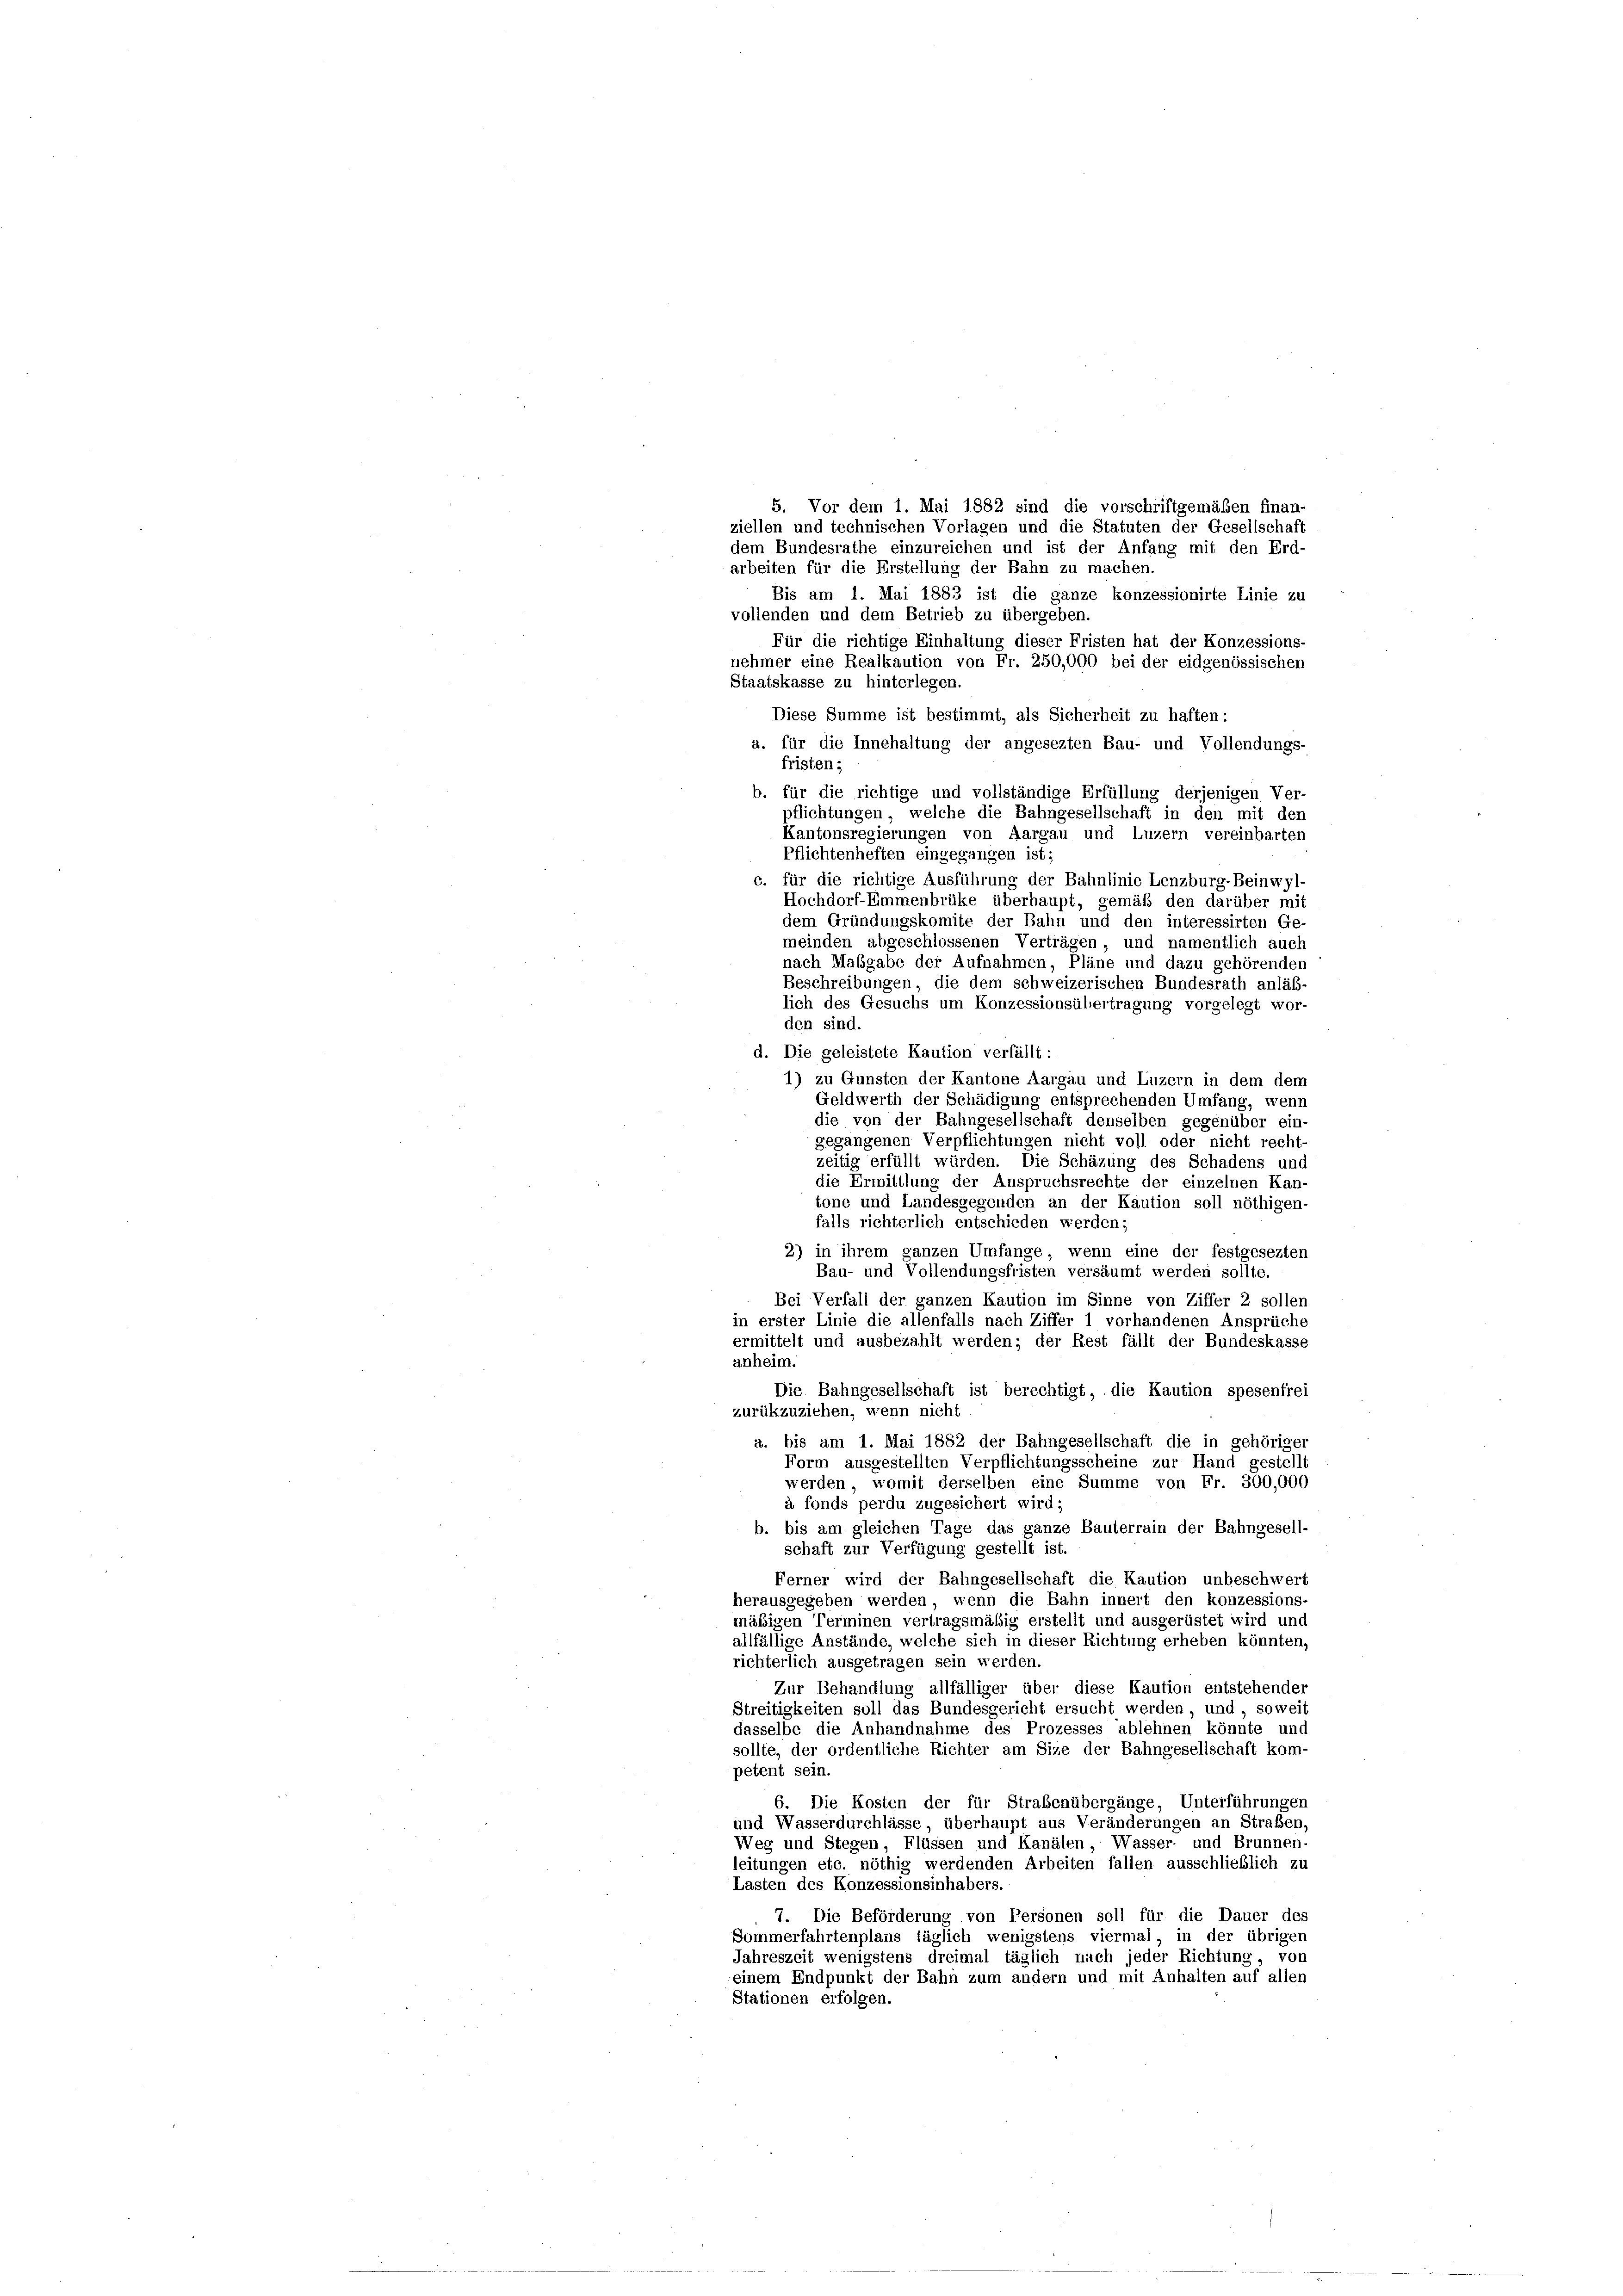
5. Vor dem 1. Mai 1882 sind die vorschriftgemäßen finan-
ziellen und technischen Vorlagen und die Statuten der Gesellschaft
dem Bundesrathe einzureichen und ist der Anfang mit den Erd-
arbeiten für die Erstellung der Bahn zu machen.
Bis am 1. Mai 1883 ist die ganze konzessionirte Linie zu
vollenden und dem Betrieb zu übergeben.
Für die richtige Einhaltung dieser Fristen hat der Konzessions-
nehmer eine Realkaution von Fr. 250,000 bei der eidgenössischen
Staatskasse zu hinterlegen.
Diese Summe ist bestimmt, als Sicherheit zu haften:
a. für die Innehaltung der angesezten Bau- und Vollendungs-
fristen;
b. für die richtige und vollständige Erfüllung derjenigen Ver-
pflichtungen, welche die Bahngesellschaft in den mit den
Kantonsregierungen von Aargau und Luzern vereinbarten
Pflichtenheften eingegangen ist;
c. für die richtige Ausführung der Bahnlinie Lenzburg-Beinwyl-
Hochdorf-Emmenbrüke überhaupt, gemäß den darüber mit
dem Gründungskomite der Bahn und den interessirten Ge-
meinden abgeschlossenen Verträgen, und namentlich auch
nach Maßgabe der Aufnahmen, Pläne und dazu gehörenden
Beschreibungen, die dem schweizerischen Bundesrath anläß-
lich des Gesuchs um Konzessionsübertragung vorgelegt wor-
den sind.
d. Die geleistete Kaution verfällt :
1) zu Gunsten der Kantone Aargau und Luzern in dem dem
Geldwerth der Schädigung entsprechenden Umfang, wenn
die von der Bahngesellschaft denselben gegenüber ein-
gegangenen Verpflichtungen nicht voll oder nicht recht-
zeitig erfüllt würden. Die Schäzung des Schadens und
die Ermittlung der Anspruchsrechte der einzelnen Kan-
tone und Landesgegenden an der Kaution soll nöthigen-
falls richterlich entschieden werden;
2) in ihrem ganzen Umfange, wenn eine der festgesezten
Bau- und Vollendungsfristen versäumt werden sollte.
Bei Verfall der ganzen Kaution im Sinne von Ziffer 2 sollen
in erster Linie die allenfalls nach Ziffer 1 vorhandenen Ansprüche
ermittelt und ausbezahlt werden; der Rest fällt der Bundeskasse
anheim.
Die Bahngesellschaft ist berechtigt, die Kaution spesenfrei
zurükzuziehen, wenn nicht
a. bis am 1. Mai 1882 der Bahngesellschaft die in gehöriger
Form ausgestellten Verpflichtungsscheine zur Hand gestellt
werden, womit derselben eine Summe von Fr. 300,000
à fonds perdu zugesichert wird;
b. bis am gleichen Tage das ganze Bauterrain der Bahngesell-
schaft zur Verfügung gestellt ist.
Ferner wird der Bahngesellschaft die Kaution unbeschwert
herausgegeben werden, wenn die Bahn innert den konzessions-
mäßigen Terminen vertragsmäßig erstellt und ausgerüstet wird und
allfällige Anstände, welche sich in dieser Richtung erheben könnten,
richterlich ausgetragen sein werden.
Zur Behandlung allfälliger über diese Kaution entstehenden
Streitigkeiten soll das Bundesgericht ersucht werden, und, soweit
dasselbe die Anhandnahme des Prozesses ablehnen könnte und
sollte, der ordentliche Richter am Size der Bahngesellschaft kom-
petent sein.
6. Die Kosten der für Straßenübergänge, Unterführungen
und Wasserdurchlässe, überhaupt aus Veränderungen an Straßen,
Weg und Stegen Flüssen und Kanälen, Wasser- und Brunnen-
leitungen etc. nöthig werdenden Arbeiten fallen ausschließlich zu
Lasten des Konzessionsinhabers.
7. Die Beförderung von Personen soll für die Dauer des
Sommerfahrtenplans täglich wenigstens viermal, in der übrigen
Jahreszeit wenigstens dreimal täglich nach jeder Richtung, von
einem Endpunkt der Bahn zum andern und mit Anhalten auf allen
Stationen erfolgen.